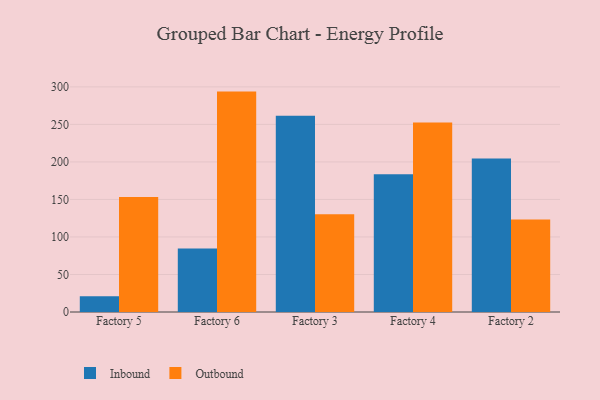
{"axis": {"x": "Factory", "y": "Demand Index"}, "legend": ["Inbound", "Outbound"], "data": [{"x": "Factory 5", "y": 20.9, "type": "Inbound"}, {"x": "Factory 5", "y": 153.4, "type": "Outbound"}, {"x": "Factory 6", "y": 84.6, "type": "Inbound"}, {"x": "Factory 6", "y": 293.7, "type": "Outbound"}, {"x": "Factory 3", "y": 261.4, "type": "Inbound"}, {"x": "Factory 3", "y": 130.2, "type": "Outbound"}, {"x": "Factory 4", "y": 183.5, "type": "Inbound"}, {"x": "Factory 4", "y": 252.6, "type": "Outbound"}, {"x": "Factory 2", "y": 204.7, "type": "Inbound"}, {"x": "Factory 2", "y": 123.4, "type": "Outbound"}]}